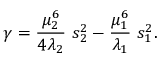
\gamma = \frac { \mu _ { 2 } ^ { 6 } } { 4 \lambda _ { 2 } } \ s _ { 2 } ^ { 2 } - \frac { \mu _ { 1 } ^ { 6 } } { \lambda _ { 1 } } \ s _ { 1 } ^ { 2 } .